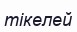
тікелей